Vital statistics of India. Vol. VI, European troops 1870-79
Year: 1870
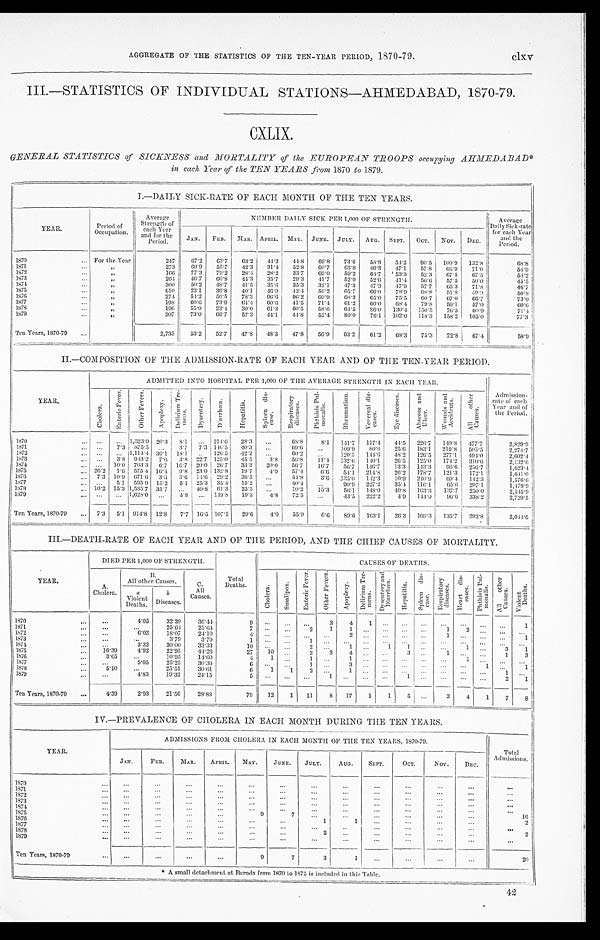
clxv
AGGREGATE OF THE STATISTICS OF THE TEN-YEAR PERIOD, 1870-79.
III.—STATISTICS OF INDIVIDUAL STATIONS—AHMEDABAD, 1870-79.
CXLIX.
GENERAL STATISTICS of SICKNESS and MORTALITY of the EUROPEAN TROOPS occupying AHMEDABAD
in each. Year of the TEN YEARS front 1870 to 1879.
I.—DAILY SICK-RATE OF EACH MONTH OF THE TEN YEARS.
YEAR.
Period of
Occupation.
Average
Strength of
each Year
and for the
Period.
NUMBER DAILY SICK PER 1,000 OF STRENGTH.
Average
Daily Sick-rate
for each Year
and the
Period.
JAN. FEB. MAR. APRIL. MAY. JUNE. JULY. AUG. SEPT. OCT. NOV. DEC.
1870
For the Year
247 67.2 63.7 63.2 44.3 41.8 69.8 73.6 58.8 54.2 90.5 100.9 132.8
68.8
1871
„
273 69.9 55.7 42.3 31.4 52.8 60.7 63.8 46.3 47.1 57.8 66.9 71.0
54.9
1872
„
166 77.3 79.2 28.4 28.2 33.7 69.0 59.2 64.7 53.3 52.3 67.5 67.5
54.2
1873
„
2 6 4 46.7 60.8 44.3 35.7 29.3 41.7 52.0 52.6 41.4 56.6 57.5 50.0
45.5
1874
„
300 50.2 48.7 41.5 35.6 35.3 32.1 47.3 47.3 47.9 57.7 65.3 71.8
46.7
1875
„
610 23.1 36.8 40.1 46.9 42.4 56.2 65.7 66.0 78.9 68.8 51.8 49.9
50.8
1876
„
274 54.2 56.5 78.3 96.6 96.2 69.9 68.3 65.0 75.5 60.7 67.0 66.7
73.0
1877
„
198 60.6 73.9 64.4 60.6 41.5 71.4 61.2 60.0 68.4 70.8 59.1 57.0
60.6
1878
„
196 55.9 23.4 30.0 61.3 60.5 58.6 64.5
8 6 . 0 130.4 150.5 76.5 60.9
71.4
1879
„
207 73.0 66.7 57.3 44.1 44.8 52.4 80.0 76.1 102.0 118.3 158.2 105.0
77.3
Ten Years, 1870-79
2,735 53.2 52.7 47.8 48.3 47.8 56.9 63.2 61.2 68.3 75.3 72.8 67.4
58.9
II.—COMPOSITION OF THE ADMISSION-RATE OF EACH YEAR AND OF THE TEN-YEAR PERIOD.
YEAR.
ADMITTED INTO HOSPITAL PER 1,000 OF THE AVERAGE STRENGTH IN EACH YEAR.
A d m i s s i o n - r a t e o f e a c h
Year and of the
Period .
C h o l e r a
E n t e r i c F e v e r .
O t h e r F e v e r .
A p o p l e x y .
D e l i r i u m T r e - m e n s .
D y s e n t e r y .
D i a r r h œ a .
H e p a t i t i s .
S p l e e n d i s -
e a s e .
R e s p i r a t o r y d i s e a s e s .
P h t h i s i s P u l -
m o n a l i s .
R h e u m a t i s m .
V e n e r a l d i s -
e a s e s .
E y e d i s e a s e s . A b s c e s s a n d U l c e r .
W o u n d s a n d A c c i d e n t s .
A l l o t h e r C a u s e s .
1870
1 , 3 2 3 . 9 20.3 8.1
214.6 28.3
68. 8
8.1 141.1 117.4 44.5 226.7 149.8 477.7
2,829.9
1 8 7 1
7.3 875.5
3.7 7.3 116.5
4 0 . 3
69.6
109.9
8 0 . 6 25.6 183.1 219.8 505.5
2, 274. 7
1872
1,114.4 30.1 18.1
126.5
4 2 . 2
60.2
120.5 144.6 48.2 126.5 277.1 494.0
2, 602. 4
1873
3.8 943.2 7.6 3.8 22.7 125.0
4 5 . 5 3.8 56.8 11.4 132.6 140.1 26.5 125.0 174.2 310.6
2, 132. 6
1874
10.0 703.3 6.7 16.7 20.0 26.7 33.3 20.0 56.7 16.7 56.7 146.7 13.3 143.3 96.6
2 5 6 . 7
1, 623. 4
1875
26.2 1.6 575.4 16.4 9.8 23.0 132.8 19. 7. 7 4.9 57.4 6.6 54.1 214.8 26.2 178.7 121.3 172.1
1,641.0
1876
7.3 10.9 671.6 3.6 14.6 14. 6 29.2 36.5
54.5 3.6 435.0 142.3 10.9 240.9 69.4 142.3
1,576.0
1877
5. 1 595.9 15.2 5.1 25.3 35.4 15.2
40.4
90.9 227.2 35.4 116.1 65.6 207.1
1, 479. 9
1878
10.2 15.3 1,535.7 35.7
40.8 61.3 25.5
10.2 15.3 56.1 148.0 40.8 163.3 137.7 250.0
2, 545. 9
1879
. 1,628.0
4.8
1 4 9 . 8 19.3 4.8 72.5
43.5 222. 2
4 . 9 144.9 96.6 338.2
2, 729. 5
Ten Years, 1870-79
7.3 5.1 914. 8. 8 12.8 7.7 16.5 107.5
29.6 4.0 55.9 6.6 89.6 163.1 26.3 169.3 135.7 292.8
2, 044. 6
III.—DEATH-RATE OF EACH YEAR AND OF THE PERIOD, AND THE CHIEF CAUSES OF MORTALITY.
YEAR.
DIED PER 1,000 OF STRENGTH.
Total
Deaths.
CAUSES OF DEATHS.
A .
Cholera.
B .
All other Causes.
C. AII
Causes.
C h o l e r a . S m a l l p o x . E n t e r i c F e v e r .
O t h e r F e v e r .
A p o p l e x y .
D e l i r i u m T r e -
m e n s .
D u s e n t e r y a n d D i a r r h œ a .
H e p a t i t i s .
S p l e e n d i s -
e a s e .
R e s p i r a t o r y d i s e a s e s .
H e a r t d i s e a s e s . P h y t h i s i s P u l -
m o n a l i s .
A l l o t h e r C a u s e s .
V i o l e n t D e a t h s .
a
Violent
Deaths.
b .
Diseases.
1870
4.05 32.39 30.44
9
3 4 1
1
1871
25.64 25.64
7
2 1
1
2
1872
6.03 18.07 24.10
4
2
1
1873
3.79
3.79
1
1
1874
3.33 30.00 33.33
10
2
1
1
1
1
3 1
1875
10.39 4.92 22.95 44.26
27 10
2 3
4
3
1
1 3
1876
3.65
10.95 14.60
4 1
1
1877
25.25 30.30
6
1
3
1
1878
5.10
25.51 30.61
6 1
1 2
1
1
1879
4.83 19.32 24.15
5
1
1
2 1
Ten Years, 1870-79
4.39
2.93 21.56 28.88
79 12 1 11
8 17 1 1
5
3 4 1 7 8
IV.—PREVALENCE OF CHOLERA IN EACH MONTH DURING THE TEN YEARS.
YEAR.
ADMISSIONS FROM CHOLERA IN EACH MONTH OF THE TEN YEARS, 1870-79.
Total
Admissions.
JAN. FEB.
MAR. APRIL. MAY. JUNE. JULY. AUG. SEPT.
OCT.
NOV.. DEC.
1870 1871 1872 1873 1874 1875
9
7
16
1876
1
1
2
1877
1878
2
2
1879
Ten Years, 1870-7
9
7
3
1
20
A small detachment; at Baroda from 1870 to 1875 is included in this Table. -_-_-_-_-__